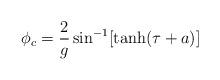
LaTeX: \begin{align*}\phi_c=\frac{2}{g}\sin^{-1}[\tanh(\tau + a)]\end{align*}